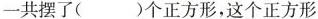
则一共摆了()个正方形，这个正方形